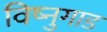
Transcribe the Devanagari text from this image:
विष्नुगाड